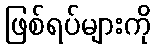
ဖြစ်ရပ်များကို